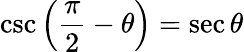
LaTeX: \csc\left({\frac{\pi}{2}}-\theta\right)=\sec\theta